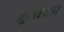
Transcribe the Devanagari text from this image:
जुलीयन